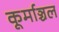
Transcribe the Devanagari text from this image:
कूर्माञ्चल